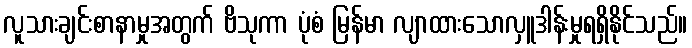
လူသားချင်းစာနာမှုအတွက် ဗိသုကာ ပုံစံ မြန်မာ လျာထားသောလှူဒါန်းမှုရရှိနိုင်သည်။